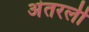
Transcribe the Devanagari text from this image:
अंतरली